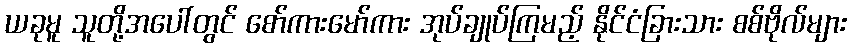
ယခုမူ သူတို့အပေါ်တွင် စော်ကားမော်ကား အုပ်ချုပ်ကြမည့် နိုင်ငံခြားသား စစ်ဗိုလ်များ